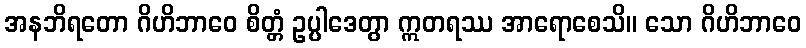
အနဘိရတော ဂိဟိဘာဝေ စိတ္တံ ဥပ္ပါဒေတွာ ဣတရဿ အာရောစေသိ။ သော ဂိဟိဘာဝေ